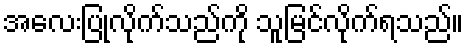
အလေးပြုလိုက်သည်ကို သူမြင်လိုက်ရသည်။